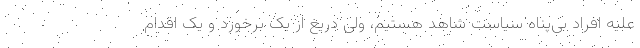
علیه افراد بی‌پناه سیاست شاهد هستیم، ولی دریغ از یک برخورد و یک اقدام